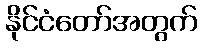
နိုင်ငံတော်အတွက်